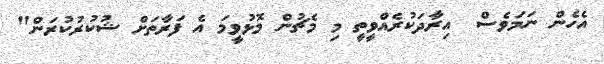
އެހެން ނަމަވެސް  އިރާދަކުރެއްވީތީ މި މެޗުން މޮޅުވީމަ އެ ފަރާތަށް ޝުކުރުކުރަން"